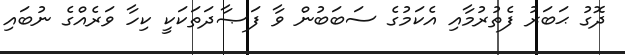
ދޮގު ޙަބަރު ފެތުރުމާއި އެކަމުގެ ސަބަބުން ވާ ފަޞާދަތަކަކީ ކިހާ ވަރެއްގެ ނުބައި